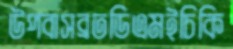
উপবাসব্রতডিএমইচিকি